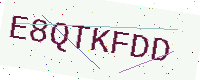
Text: E8QTKFDD